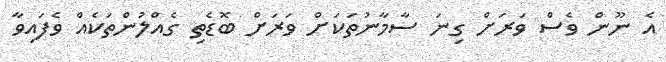
އެ ނޫން ވެސް ވަރަށް ގިނަ ސާމާނުތަކަށް ވަރަށް ބޮޑެތި ގެއްލުންތަކެއް ވެފައިވާ